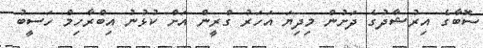
ސޮބާގެ އިރުޝާދުގެ ދަށުން މިދިޔަ އަހަރު ގްރީން އަށް ކުޅުނު އިބްރާހިމް ހަސީބު